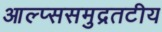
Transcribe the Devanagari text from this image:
आल्प्ससमुद्रतटीय